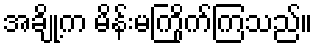
အချို့က မိန်းမကြိုက်ကြသည်။